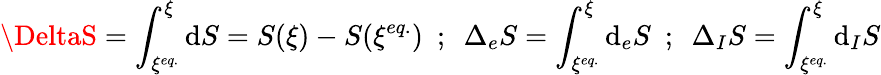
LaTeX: \DeltaS=\int_{\xi^{eq.}}^{\xi}\mathrm{d}S=S(\xi)-S(\xi^{eq.})\ \ ;\ \ \Delta_{e}S=\int_{\xi^{eq.}}^{\xi}\mathrm{d}_{e}S\ \ ;\ \ \Delta_{I}S=\int_{\xi^{eq.}}^{\xi}\mathrm{d}_{I}S